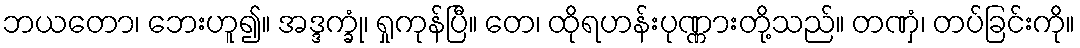
ဘယတော၊ ဘေးဟူ၍။ အဒ္ဒက္ခုံ၊ ရှုကုန်ပြီ။ တေ၊ ထိုရဟန်းပုဏ္ဏားတို့သည်။ တဏှံ၊ တပ်ခြင်းကို။